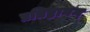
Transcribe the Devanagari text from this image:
प्रतिष्ठानम्